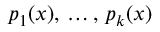
p _ { 1 } ( x ) , \, \ldots , \, p _ { k } ( x )